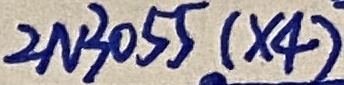
Text: 2N3055(×4)